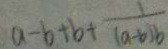
a - b + b + \frac { 1 } { ( a - b ) b }